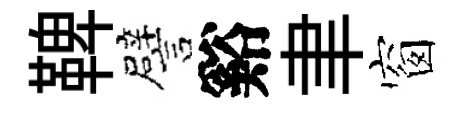
鞞譬谿聿窗